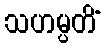
သဟမ္ပတိံ